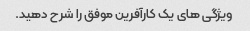
ویژگی های یک کارآفرین موفق را شرح دهید.